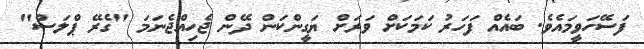
ފަސޭހަވީމައެވެ. ބައެއް ފަހަރު ކަމަކަށް ވަރަށް ޔަގީންކަން ދޭން ޖެހިއްޖެނަމަ "ގެރޭ ޕްލަސް"